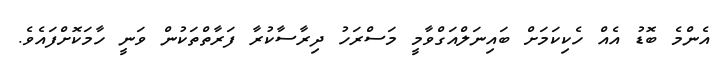
އެންމެ ބޮޑު އެއް ހެކިކަމަށް ބައިނަލްއަގްވާމީ މަސްރަހު ދިރާސާކުރާ ފަރާތްތަކުން ވަނީ ހާމަކޮށްފައެވެ.